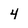
Character: 4